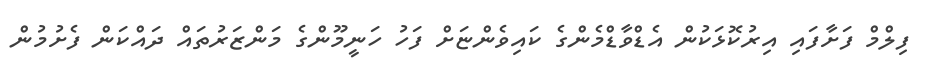
ފިލްމް ފަށާފައި އިރުކޮޅަކުން އެޑްވާޑްމެންގެ ކައިވެންޏަށް ފަހު ހަނީމޫންގެ މަންޒަރުތައް ދައްކަން ފެށުމުން